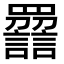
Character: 𧭿